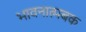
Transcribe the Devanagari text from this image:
भावनात्मबक